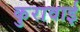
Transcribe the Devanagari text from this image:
कुरावाई